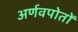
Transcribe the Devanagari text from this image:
अर्णवपोतों